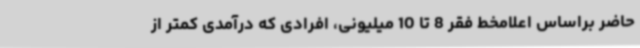
حاضر براساس اعلامخط فقر 8 تا 10 میلیونی، افرادی که درآمدی کمتر از